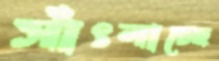
সাঁৎলাচ্ছে